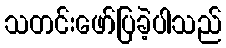
သတင်းဖော်ပြခဲ့ပါသည်